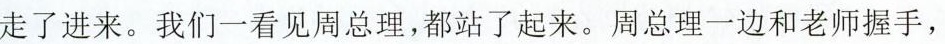
走了进来。我们一看见周总理，都站了起来。周总理一边和老师握手，